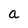
Character: a